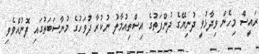
ރައީސް މިހެން ވިދާޅުވީ ދުނިޔޭގެ ދުންފަތުގެ އިސްތިއުމާލު ނުކުރާ ދުވަހުގެ މުނާސަބަތުގައި ފޮނުއްވެވި